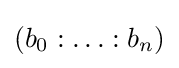
(b_{0}:\dotsc :b_{n})